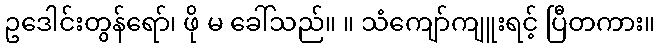
ဥဒေါင်းတွန်ရော်၊ ဖို မ ခေါ်သည်။ ။ သံကျော်ကျူးရင့် ပြီတကား။